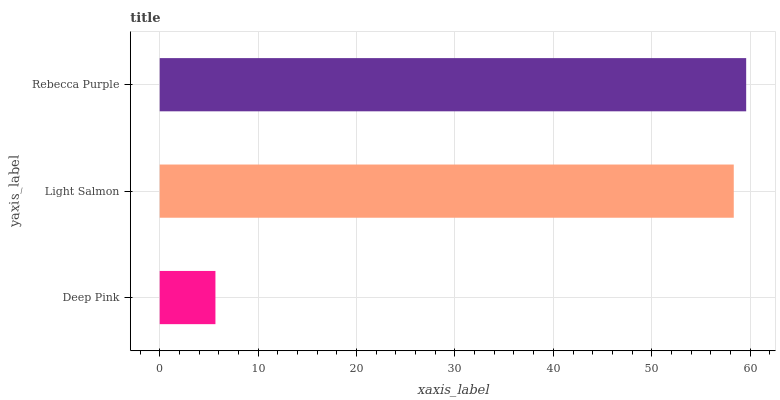
| yaxis_label | bars |
 | --- | --- |
 | Deep Pink | 5.66 |
 | Light Salmon | 58.3 |
 | Rebecca Purple | 59.6 |